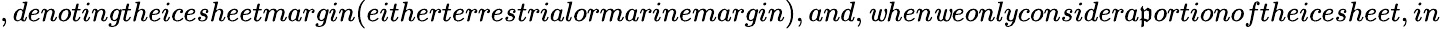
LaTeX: ,denotingtheicesheetmargin(eitherterrestrialormarinemargin),and,\mathit{w}hen\mathit{w}eonlyconsidera\mathfrak{p}ortionoftheicesheet,in